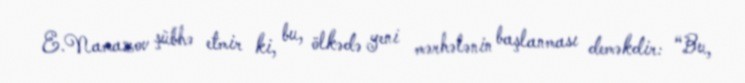
E.Namazov şübhə etmir ki, bu, ölkədə yeni mərhələnin başlanması deməkdir: “Bu,